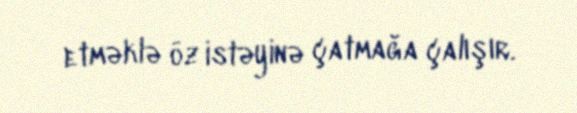
etməklə öz istəyinə çatmağa çalışır.